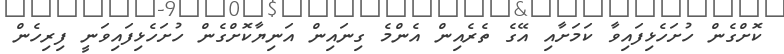
ކޮށްގެން ހުށަހެޅިފައިވާ ކަމަށާއި އޭގެ ތެރެއިން އެންމެ ގިނައިން އަނިޔާކޮށްގެން ހުށަހެޅިފައިވަނީ ފިރިހެން